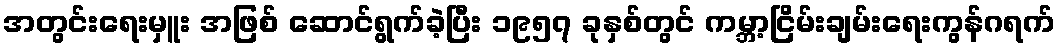
အတွင်းရေးမှူး အဖြစ် ဆောင်ရွက်ခဲ့ပြီး ၁၉၅၇ ခုနှစ်တွင် ကမ္ဘာ့ငြိမ်းချမ်းရေးကွန်ဂရက်